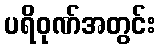
ပရိဝုဏ်အတွင်း